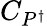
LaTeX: C_{P^{\dagger}}